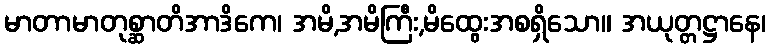
မာတာမာတုစ္ဆာတိအာဒိကေ၊ အမိ,အမိကြီး,မိထွေးအစရှိသော။ အယုတ္တဋ္ဌာနေ၊